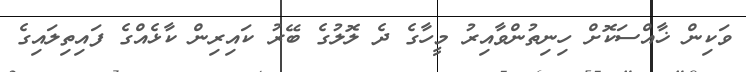
ވަކިން ޚާއްސަކޮށް ހިނިތުންވާއިރު މީހާގެ ދެ ލޮލުގެ ބޭރު ކައިރިން ކާޅެއްގެ ފައިތިލައިގެ